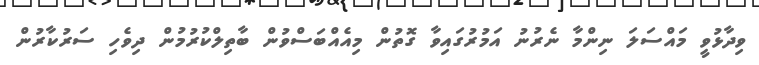
ވިދާޅުވީ މައްސަލަ ނިންމާ ނެރުނު އަމުރުގައިވާ ގޮތުން މިއެއްބަސްވުން ބާތިލްކުރުމުން ދިވެހި ސަރުކާރުން